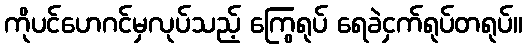
ကိုပင်ဟေဂင်မှလုပ်သည့် ကြွေရုပ် ရေခဲငှက်ရုပ်တရုပ်။